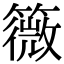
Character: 䉠